Report on vaccination in Madras 1895-1903 - 1895-1903
Year: 1895
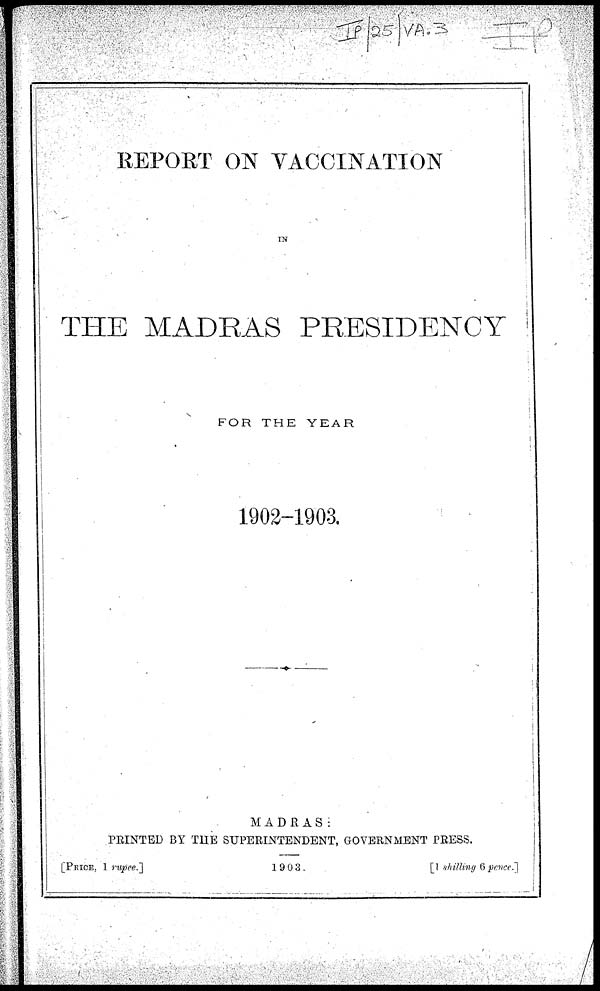
REPORT ON VACCINATION
IN
THE MADRAS PRESIDENCY
FOR THE YEAR
1902-1903.
MADRAS :
PRINTED BY THE SUPERINTENDENT, GOVERNMENT PRESS.
1903.
[PRICE, 1 rupee.]
[1 shilling 6 pence.]